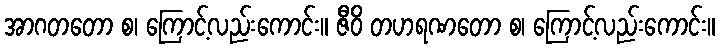
အာဂတတော စ၊ ကြောင့်လည်းကောင်း။ ဇီဝိ တဟရဏတော စ၊ ကြောင့်လည်းကောင်း။